Annual administration report of the Civil Veterinary Department of India - 1895-1896
Year: 1895
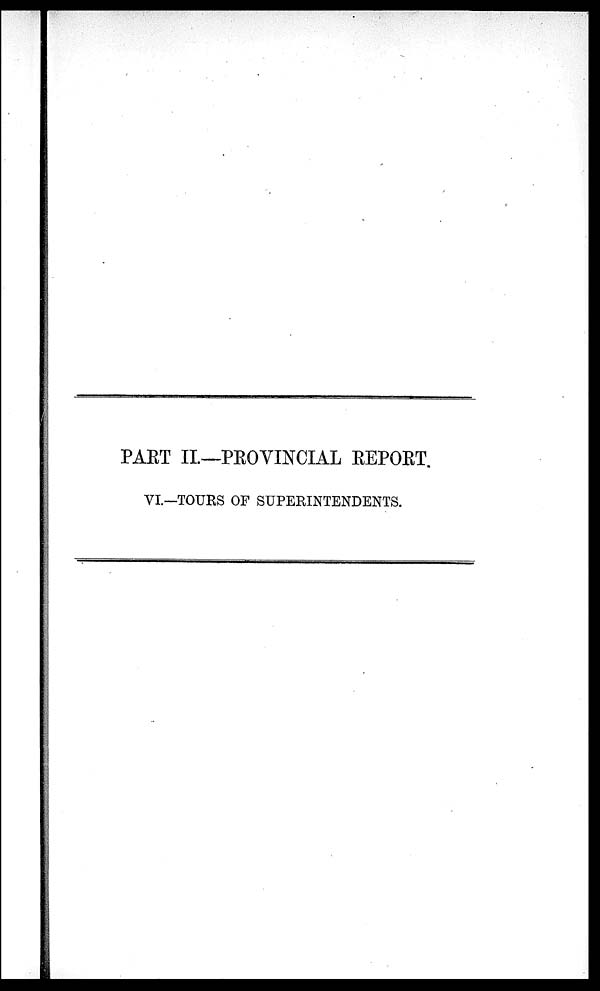
PART II.—PROVINCIAL REPORT.
VI.—TOURS OF SUPERINTENDENTS.